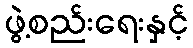
ဖွဲ့စည်းရေးနှင့်